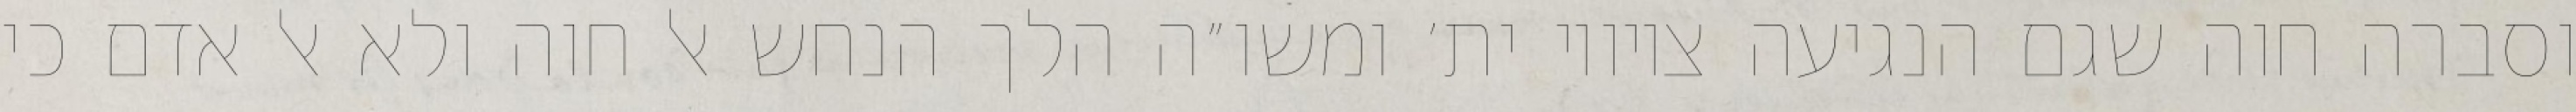
וסברה חוה שגם הנגיעה ציוויו ית׳ ומשו״ה הלך הנחש אל חוה ולא אל אדם כי